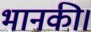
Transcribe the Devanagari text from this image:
भानकी।